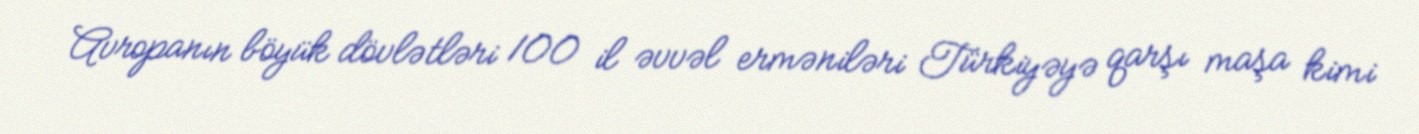
Avropanın böyük dövlətləri 100 il əvvəl erməniləri Türkiyəyə qarşı maşa kimi